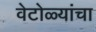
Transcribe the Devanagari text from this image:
वेटोळ्यांचा